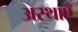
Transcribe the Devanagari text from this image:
अस्थाएँ